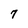
Character: 7